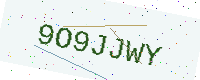
Text: 9O9JJWY